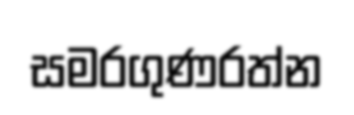
සමරගුණරත්න